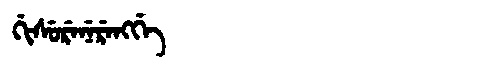
Manchu: ᡤᡳᠰᡠᡵᡝᠨᡝᡵᡝᠩᡤᡝ
Romanization: GISURENERENGGE